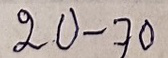
20 - 70